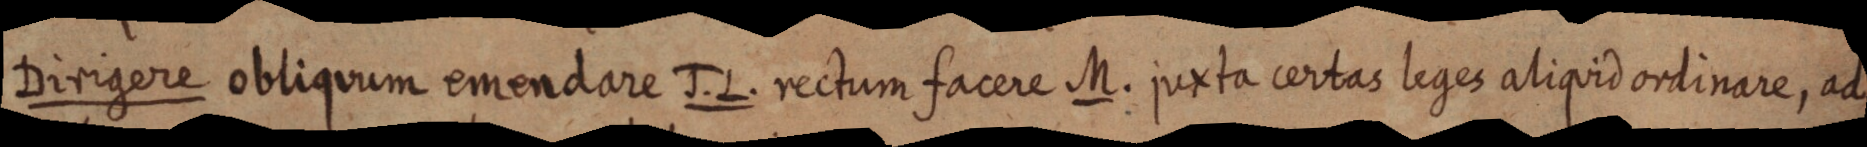
Dirigere obliquum emendare J. L. rectum facere M. juxta certas leges aliquid ordinare, ad